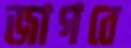
জাগবে